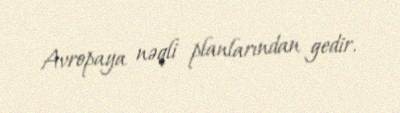
Avropaya nəqli planlarından gedir.